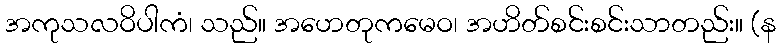
အကုသလဝိပါကံ၊ သည်။ အဟေတုကမေဝ၊ အဟိတ်စင်းစင်းသာတည်း။ (န